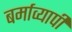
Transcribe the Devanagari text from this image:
बर्माव्यापी